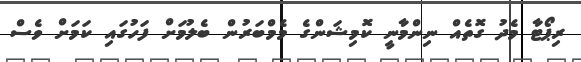
ރިޕޯޓާ މެދު ގޮތެއް ނިންމާނީ ކޮމިޝަންގެ މެމްބަރުން ބެލުމަށް ފަހުގައި ކަމަށް ވެސް